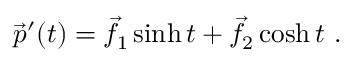
{ \vec { p } } ^ { \prime } ( t ) = { \vec { f } } _ { 1 } \sinh t + { \vec { f } } _ { 2 } \cosh t \ .